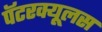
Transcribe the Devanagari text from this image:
पॅटरक्यूलस